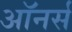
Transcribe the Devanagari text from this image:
अाॅनर्स